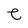
Character: e